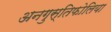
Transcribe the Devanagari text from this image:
अनगुस्तिफोलिया